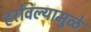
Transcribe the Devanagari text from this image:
हरविल्यामुळे